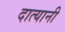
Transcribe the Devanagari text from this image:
दात्यानी